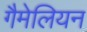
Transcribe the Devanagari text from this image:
गैमेलियन